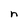
Character: n